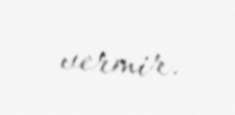
vermir.